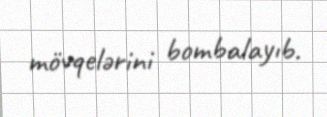
mövqelərini bombalayıb.